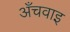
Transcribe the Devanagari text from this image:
अँचवाइ